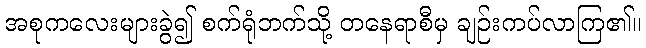
အစုကလေးများခွဲ၍ စက်ရုံဘက်သို့ တနေရာစီမှ ချဉ်းကပ်လာကြ၏။